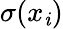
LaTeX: \sigma(x_{\mathit{i}})